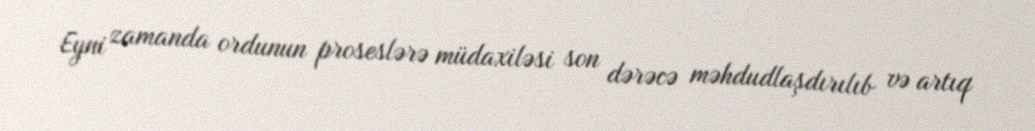
Eyni zamanda ordunun proseslərə müdaxiləsi son dərəcə məhdudlaşdırılıb və artıq